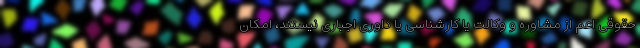
حقوقی اعم از مشاوره و وکالت یا کارشناسی یا داوری اجباری نیستند، امکان